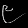
Digit: ၉